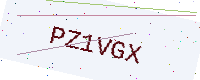
Text: PZ1VGX